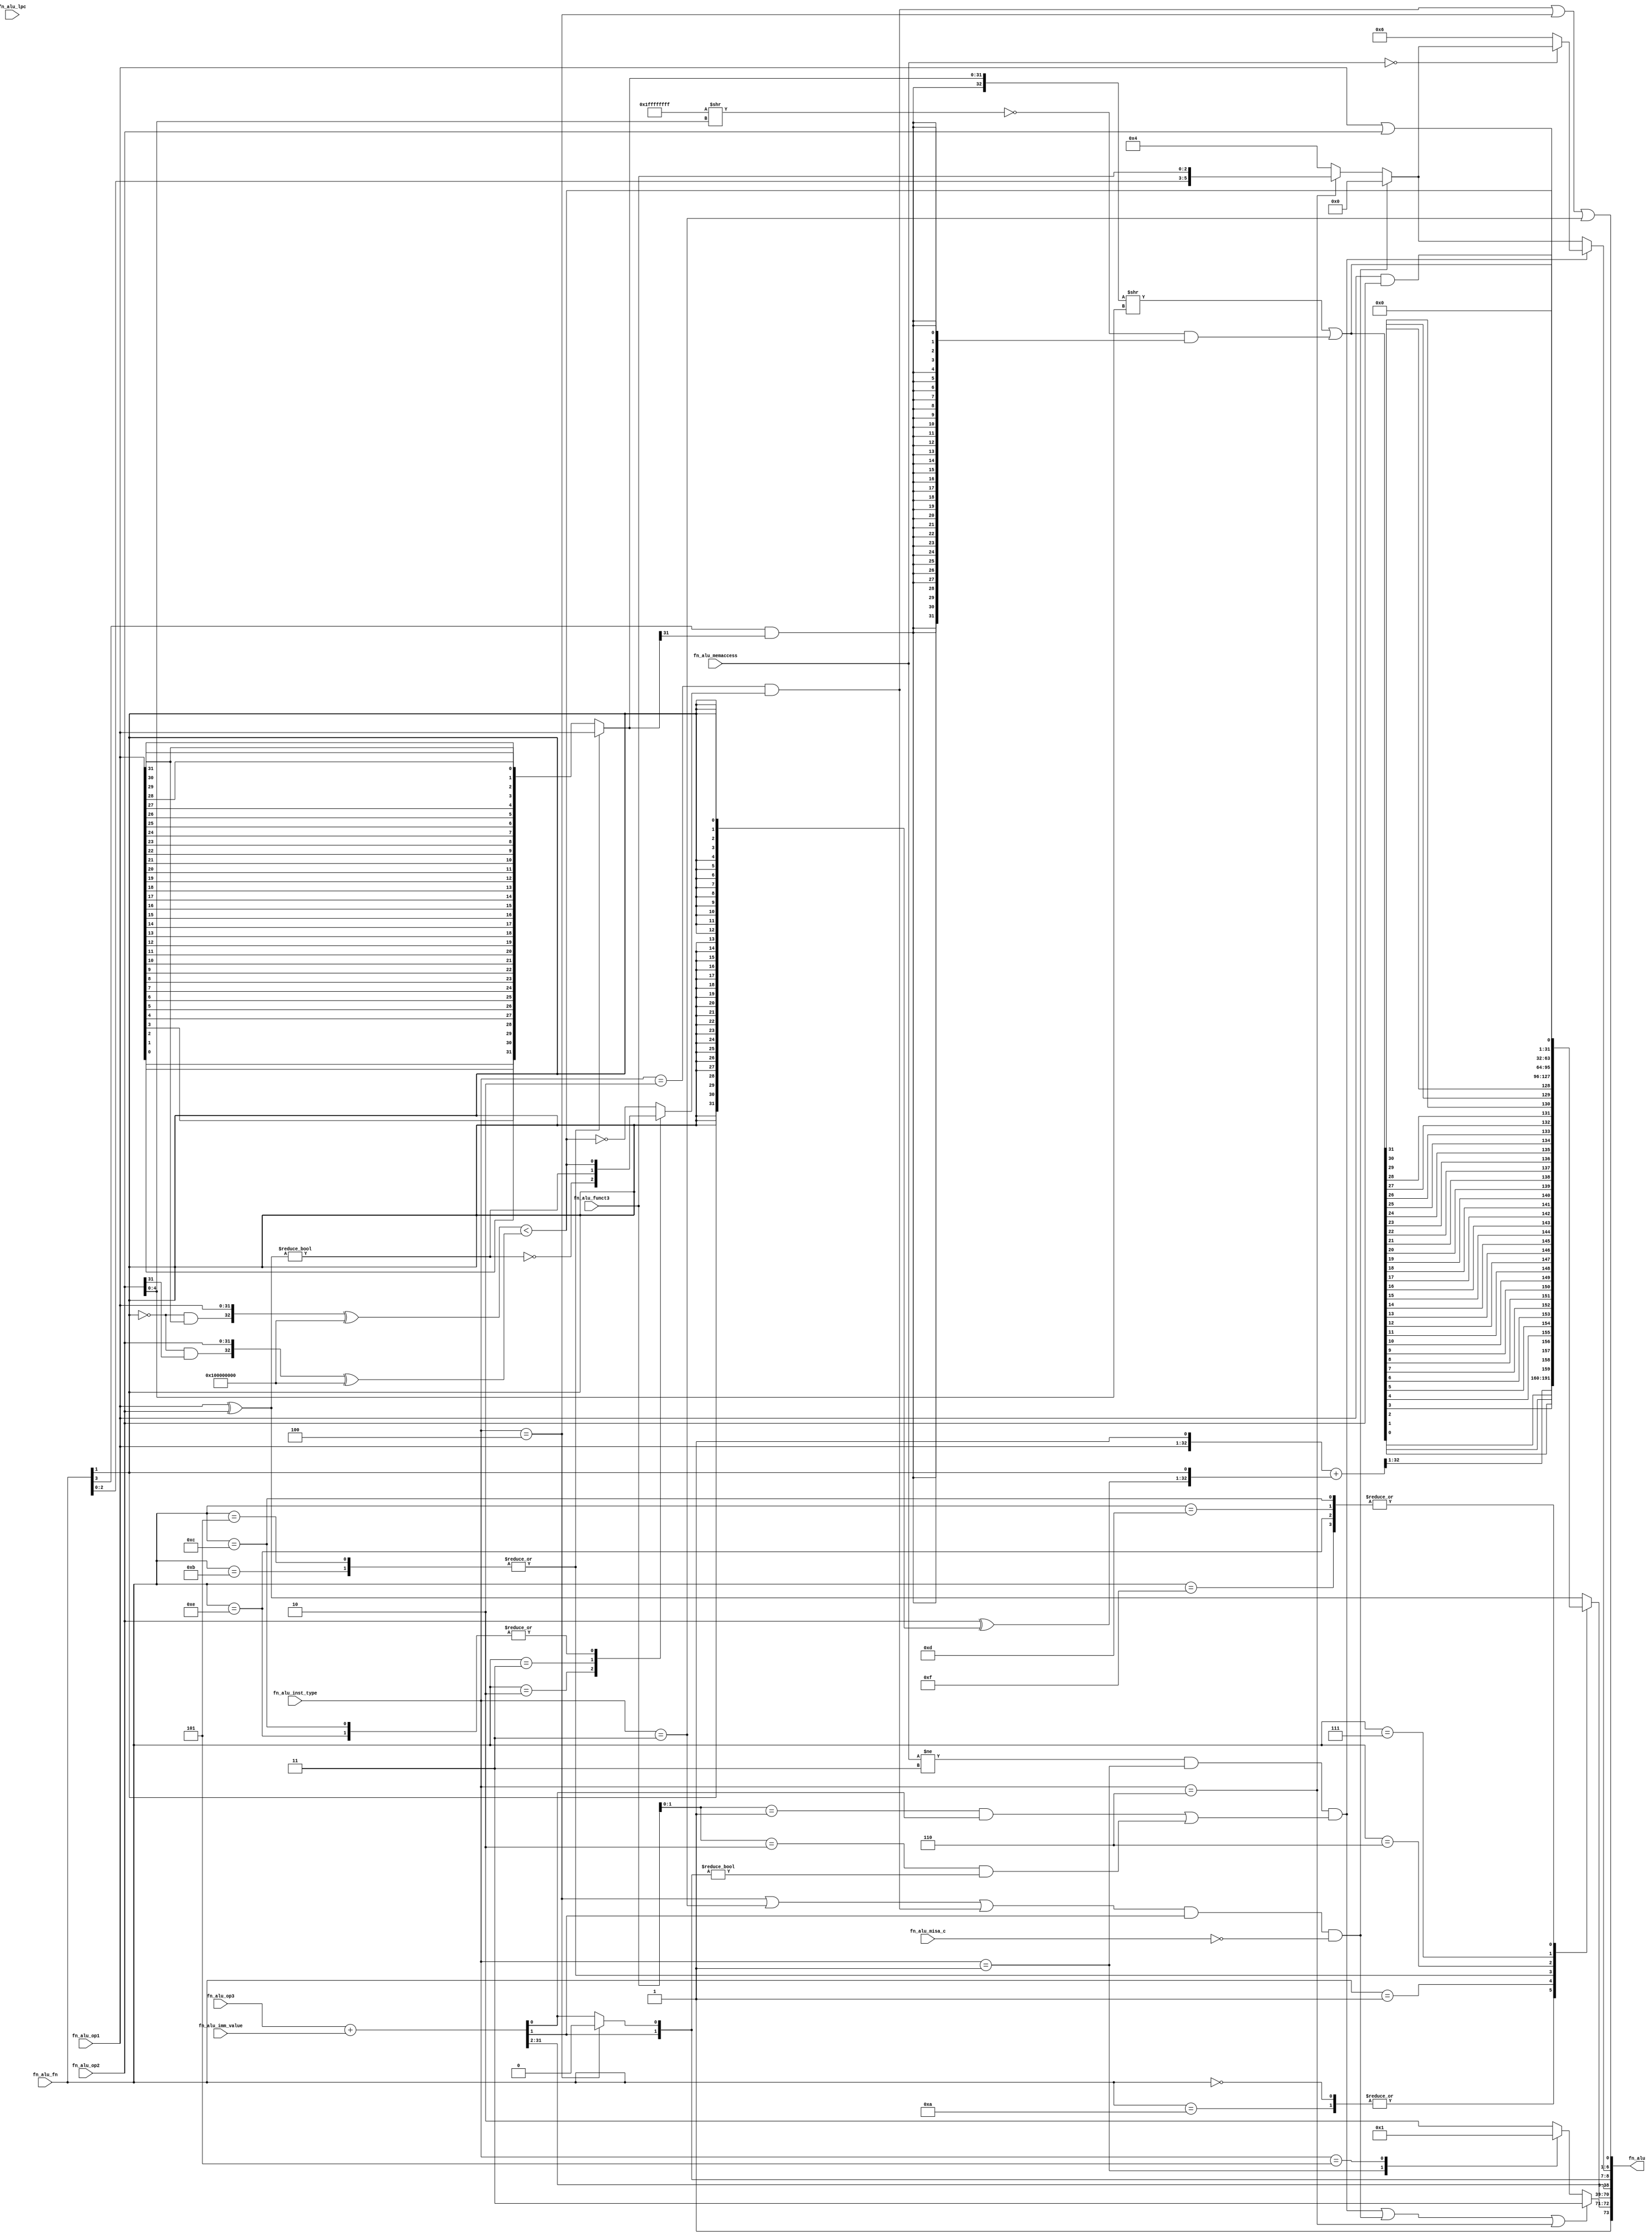
//
// Generated by Bluespec Compiler, version 2022.01-36-ga6304315 (build a6304315)
//
// On Tue Oct  4 10:37:07 CEST 2022
//
//
// Ports:
// Name                         I/O  size props
// fn_alu                         O    74
// fn_alu_fn                      I     4
// fn_alu_op1                     I    32
// fn_alu_op2                     I    32
// fn_alu_op3                     I    32
// fn_alu_imm_value               I    32
// fn_alu_inst_type               I     3
// fn_alu_funct3                  I     3
// fn_alu_memaccess               I     2
// fn_alu_misa_c                  I     1
// fn_alu_lpc                     I     2 unused
//
// Combinational paths from inputs to outputs:
//   (fn_alu_fn,
//    fn_alu_op1,
//    fn_alu_op2,
//    fn_alu_op3,
//    fn_alu_imm_value,
//    fn_alu_inst_type,
//    fn_alu_funct3,
//    fn_alu_memaccess,
//    fn_alu_misa_c) -> fn_alu
//
//

`ifdef BSV_ASSIGNMENT_DELAY
`else
  `define BSV_ASSIGNMENT_DELAY
`endif

`ifdef BSV_POSITIVE_RESET
  `define BSV_RESET_VALUE 1'b1
  `define BSV_RESET_EDGE posedge
`else
  `define BSV_RESET_VALUE 1'b0
  `define BSV_RESET_EDGE negedge
`endif

module module_fn_alu(fn_alu_fn,
		     fn_alu_op1,
		     fn_alu_op2,
		     fn_alu_op3,
		     fn_alu_imm_value,
		     fn_alu_inst_type,
		     fn_alu_funct3,
		     fn_alu_memaccess,
		     fn_alu_misa_c,
		     fn_alu_lpc,
		     fn_alu);
  // value method fn_alu
  input  [3 : 0] fn_alu_fn;
  input  [31 : 0] fn_alu_op1;
  input  [31 : 0] fn_alu_op2;
  input  [31 : 0] fn_alu_op3;
  input  [31 : 0] fn_alu_imm_value;
  input  [2 : 0] fn_alu_inst_type;
  input  [2 : 0] fn_alu_funct3;
  input  [1 : 0] fn_alu_memaccess;
  input  fn_alu_misa_c;
  input  [1 : 0] fn_alu_lpc;
  output [73 : 0] fn_alu;

  // signals for module outputs
  wire [73 : 0] fn_alu;

  // remaining internal signals
  reg [31 : 0] shin__h44, x__h458;
  reg [1 : 0] CASE_fn_alu_inst_type_1_0_5_1_2__q3;
  reg CASE_fn_alu_fn_2_adder_z_flag6_3_NOT_op1_xor_o_ETC__q1;
  wire [32 : 0] fn_alu_fn_BIT_3_2_AND_IF_fn_alu_fn_EQ_5_9_OR_f_ETC___d145,
		fn_alu_fn_BIT_3_AND_shin4_BIT_31_CONCAT_shin4__q2,
		inv_op2__h33,
		x__h478;
  wire [31 : 0] IF_fn_alu_inst_type_EQ_4_1_THEN_fn_alu_op3_PLU_ETC___d14,
		effective_address__h49,
		op1_xor_op2__h34,
		result__h154,
		shift_l__h47;
  wire [6 : 0] IF_NOT_fn_alu_memaccess_EQ_3_AND_fn_alu_inst_t_ETC___d215;
  wire [5 : 0] cause___1__h251, cause__h51, cause__h57;
  wire INV_fn_alu_fn_BIT_1_3_4_AND_fn_alu_op1_BIT_31__ETC___d41,
       NOT_fn_alu_memaccess_EQ_3_AND_fn_alu_inst_type_ETC___d20,
       adder_z_flag__h36,
       fn_alu_inst_type_EQ_2_3_AND_IF_fn_alu_fn_EQ_2__ETC___d46,
       fn_alu_inst_type_EQ_4_1_OR_fn_alu_inst_type_EQ_ETC___d51,
       sign__h37;

  // value method fn_alu
  assign fn_alu =
	     { 1'd1,
	       (NOT_fn_alu_memaccess_EQ_3_AND_fn_alu_inst_type_ETC___d20 ||
		fn_alu_inst_type_EQ_4_1_OR_fn_alu_inst_type_EQ_ETC___d51 ||
		fn_alu_inst_type == 3'd6) ?
		 2'd3 :
		 CASE_fn_alu_inst_type_1_0_5_1_2__q3,
	       x__h458,
	       IF_fn_alu_inst_type_EQ_4_1_THEN_fn_alu_op3_PLU_ETC___d14,
	       IF_NOT_fn_alu_memaccess_EQ_3_AND_fn_alu_inst_t_ETC___d215 } ;

  // remaining internal signals
  assign IF_NOT_fn_alu_memaccess_EQ_3_AND_fn_alu_inst_t_ETC___d215 =
	     { NOT_fn_alu_memaccess_EQ_3_AND_fn_alu_inst_type_ETC___d20 ?
		 cause___1__h251 :
		 cause__h57,
	       fn_alu_inst_type_EQ_2_3_AND_IF_fn_alu_fn_EQ_2__ETC___d46 ||
	       fn_alu_inst_type == 3'd4 ||
	       fn_alu_inst_type == 3'd3 } ;
  assign IF_fn_alu_inst_type_EQ_4_1_THEN_fn_alu_op3_PLU_ETC___d14 =
	     (fn_alu_inst_type == 3'd4) ?
	       result__h154 :
	       effective_address__h49 ;
  assign INV_fn_alu_fn_BIT_1_3_4_AND_fn_alu_op1_BIT_31__ETC___d41 =
	     ({ sign__h37 & fn_alu_op1[31], fn_alu_op1 } ^ 33'h100000000) <
	     ({ sign__h37 & fn_alu_op2[31], fn_alu_op2 } ^ 33'h100000000) ;
  assign NOT_fn_alu_memaccess_EQ_3_AND_fn_alu_inst_type_ETC___d20 =
	     fn_alu_memaccess != 2'd3 && fn_alu_inst_type == 3'd1 &&
	     (fn_alu_funct3[1:0] == 2'd1 && effective_address__h49[0] ||
	      fn_alu_funct3[1:0] == 2'd2 &&
	      IF_fn_alu_inst_type_EQ_4_1_THEN_fn_alu_op3_PLU_ETC___d14[1:0] !=
	      2'd0) ;
  assign adder_z_flag__h36 = ~(op1_xor_op2__h34 != 32'd0) ;
  assign cause___1__h251 = (fn_alu_memaccess == 2'd0) ? cause__h57 : 6'd6 ;
  assign cause__h51 =
	     (fn_alu_inst_type == 3'd6) ?
	       { fn_alu_fn[2:0], fn_alu_funct3 } :
	       6'd4 ;
  assign cause__h57 =
	     fn_alu_inst_type_EQ_4_1_OR_fn_alu_inst_type_EQ_ETC___d51 ?
	       6'd0 :
	       cause__h51 ;
  assign effective_address__h49 = fn_alu_op3 + fn_alu_imm_value ;
  assign fn_alu_fn_BIT_3_2_AND_IF_fn_alu_fn_EQ_5_9_OR_f_ETC___d145 =
	     { fn_alu_fn[3] & shin__h44[31], shin__h44 } >> fn_alu_op2[4:0] |
	     ~(33'h1FFFFFFFF >> fn_alu_op2[4:0]) &
	     {33{fn_alu_fn_BIT_3_AND_shin4_BIT_31_CONCAT_shin4__q2[32]}} ;
  assign fn_alu_fn_BIT_3_AND_shin4_BIT_31_CONCAT_shin4__q2 =
	     { fn_alu_fn[3] & shin__h44[31], shin__h44 } ;
  assign fn_alu_inst_type_EQ_2_3_AND_IF_fn_alu_fn_EQ_2__ETC___d46 =
	     fn_alu_inst_type == 3'd2 &&
	     CASE_fn_alu_fn_2_adder_z_flag6_3_NOT_op1_xor_o_ETC__q1 ;
  assign fn_alu_inst_type_EQ_4_1_OR_fn_alu_inst_type_EQ_ETC___d51 =
	     (fn_alu_inst_type == 3'd4 || fn_alu_inst_type == 3'd3 ||
	      fn_alu_inst_type_EQ_2_3_AND_IF_fn_alu_fn_EQ_2__ETC___d46) &&
	     IF_fn_alu_inst_type_EQ_4_1_THEN_fn_alu_op3_PLU_ETC___d14[1] &&
	     !fn_alu_misa_c ;
  assign inv_op2__h33 = { fn_alu_op2 ^ {32{fn_alu_fn[1]}}, fn_alu_fn[1] } ;
  assign op1_xor_op2__h34 = fn_alu_op1 ^ fn_alu_op2 ;
  assign result__h154 = { effective_address__h49[31:1], 1'd0 } ;
  assign shift_l__h47 =
	     { fn_alu_fn_BIT_3_2_AND_IF_fn_alu_fn_EQ_5_9_OR_f_ETC___d145[0],
	       fn_alu_fn_BIT_3_2_AND_IF_fn_alu_fn_EQ_5_9_OR_f_ETC___d145[1],
	       fn_alu_fn_BIT_3_2_AND_IF_fn_alu_fn_EQ_5_9_OR_f_ETC___d145[2],
	       fn_alu_fn_BIT_3_2_AND_IF_fn_alu_fn_EQ_5_9_OR_f_ETC___d145[3],
	       fn_alu_fn_BIT_3_2_AND_IF_fn_alu_fn_EQ_5_9_OR_f_ETC___d145[4],
	       fn_alu_fn_BIT_3_2_AND_IF_fn_alu_fn_EQ_5_9_OR_f_ETC___d145[5],
	       fn_alu_fn_BIT_3_2_AND_IF_fn_alu_fn_EQ_5_9_OR_f_ETC___d145[6],
	       fn_alu_fn_BIT_3_2_AND_IF_fn_alu_fn_EQ_5_9_OR_f_ETC___d145[7],
	       fn_alu_fn_BIT_3_2_AND_IF_fn_alu_fn_EQ_5_9_OR_f_ETC___d145[8],
	       fn_alu_fn_BIT_3_2_AND_IF_fn_alu_fn_EQ_5_9_OR_f_ETC___d145[9],
	       fn_alu_fn_BIT_3_2_AND_IF_fn_alu_fn_EQ_5_9_OR_f_ETC___d145[10],
	       fn_alu_fn_BIT_3_2_AND_IF_fn_alu_fn_EQ_5_9_OR_f_ETC___d145[11],
	       fn_alu_fn_BIT_3_2_AND_IF_fn_alu_fn_EQ_5_9_OR_f_ETC___d145[12],
	       fn_alu_fn_BIT_3_2_AND_IF_fn_alu_fn_EQ_5_9_OR_f_ETC___d145[13],
	       fn_alu_fn_BIT_3_2_AND_IF_fn_alu_fn_EQ_5_9_OR_f_ETC___d145[14],
	       fn_alu_fn_BIT_3_2_AND_IF_fn_alu_fn_EQ_5_9_OR_f_ETC___d145[15],
	       fn_alu_fn_BIT_3_2_AND_IF_fn_alu_fn_EQ_5_9_OR_f_ETC___d145[16],
	       fn_alu_fn_BIT_3_2_AND_IF_fn_alu_fn_EQ_5_9_OR_f_ETC___d145[17],
	       fn_alu_fn_BIT_3_2_AND_IF_fn_alu_fn_EQ_5_9_OR_f_ETC___d145[18],
	       fn_alu_fn_BIT_3_2_AND_IF_fn_alu_fn_EQ_5_9_OR_f_ETC___d145[19],
	       fn_alu_fn_BIT_3_2_AND_IF_fn_alu_fn_EQ_5_9_OR_f_ETC___d145[20],
	       fn_alu_fn_BIT_3_2_AND_IF_fn_alu_fn_EQ_5_9_OR_f_ETC___d145[21],
	       fn_alu_fn_BIT_3_2_AND_IF_fn_alu_fn_EQ_5_9_OR_f_ETC___d145[22],
	       fn_alu_fn_BIT_3_2_AND_IF_fn_alu_fn_EQ_5_9_OR_f_ETC___d145[23],
	       fn_alu_fn_BIT_3_2_AND_IF_fn_alu_fn_EQ_5_9_OR_f_ETC___d145[24],
	       fn_alu_fn_BIT_3_2_AND_IF_fn_alu_fn_EQ_5_9_OR_f_ETC___d145[25],
	       fn_alu_fn_BIT_3_2_AND_IF_fn_alu_fn_EQ_5_9_OR_f_ETC___d145[26],
	       fn_alu_fn_BIT_3_2_AND_IF_fn_alu_fn_EQ_5_9_OR_f_ETC___d145[27],
	       fn_alu_fn_BIT_3_2_AND_IF_fn_alu_fn_EQ_5_9_OR_f_ETC___d145[28],
	       fn_alu_fn_BIT_3_2_AND_IF_fn_alu_fn_EQ_5_9_OR_f_ETC___d145[29],
	       fn_alu_fn_BIT_3_2_AND_IF_fn_alu_fn_EQ_5_9_OR_f_ETC___d145[30],
	       fn_alu_fn_BIT_3_2_AND_IF_fn_alu_fn_EQ_5_9_OR_f_ETC___d145[31] } ;
  assign sign__h37 = ~fn_alu_fn[1] ;
  assign x__h478 = { fn_alu_op1, 1'b1 } + inv_op2__h33 ;
  always@(fn_alu_fn or fn_alu_op1)
  begin
    case (fn_alu_fn)
      4'd5, 4'd11: shin__h44 = fn_alu_op1;
      default: shin__h44 =
		   { fn_alu_op1[0],
		     fn_alu_op1[1],
		     fn_alu_op1[2],
		     fn_alu_op1[3],
		     fn_alu_op1[4],
		     fn_alu_op1[5],
		     fn_alu_op1[6],
		     fn_alu_op1[7],
		     fn_alu_op1[8],
		     fn_alu_op1[9],
		     fn_alu_op1[10],
		     fn_alu_op1[11],
		     fn_alu_op1[12],
		     fn_alu_op1[13],
		     fn_alu_op1[14],
		     fn_alu_op1[15],
		     fn_alu_op1[16],
		     fn_alu_op1[17],
		     fn_alu_op1[18],
		     fn_alu_op1[19],
		     fn_alu_op1[20],
		     fn_alu_op1[21],
		     fn_alu_op1[22],
		     fn_alu_op1[23],
		     fn_alu_op1[24],
		     fn_alu_op1[25],
		     fn_alu_op1[26],
		     fn_alu_op1[27],
		     fn_alu_op1[28],
		     fn_alu_op1[29],
		     fn_alu_op1[30],
		     fn_alu_op1[31] };
    endcase
  end
  always@(fn_alu_fn or
	  INV_fn_alu_fn_BIT_1_3_4_AND_fn_alu_op1_BIT_31__ETC___d41 or
	  adder_z_flag__h36 or op1_xor_op2__h34)
  begin
    case (fn_alu_fn)
      4'd2:
	  CASE_fn_alu_fn_2_adder_z_flag6_3_NOT_op1_xor_o_ETC__q1 =
	      adder_z_flag__h36;
      4'd3:
	  CASE_fn_alu_fn_2_adder_z_flag6_3_NOT_op1_xor_o_ETC__q1 =
	      op1_xor_op2__h34 != 32'd0;
      4'd12, 4'd14:
	  CASE_fn_alu_fn_2_adder_z_flag6_3_NOT_op1_xor_o_ETC__q1 =
	      INV_fn_alu_fn_BIT_1_3_4_AND_fn_alu_op1_BIT_31__ETC___d41;
      default: CASE_fn_alu_fn_2_adder_z_flag6_3_NOT_op1_xor_o_ETC__q1 =
		   !INV_fn_alu_fn_BIT_1_3_4_AND_fn_alu_op1_BIT_31__ETC___d41;
    endcase
  end
  always@(fn_alu_fn or
	  op1_xor_op2__h34 or
	  x__h478 or
	  shift_l__h47 or
	  fn_alu_fn_BIT_3_2_AND_IF_fn_alu_fn_EQ_5_9_OR_f_ETC___d145 or
	  fn_alu_op1 or
	  fn_alu_op2 or
	  INV_fn_alu_fn_BIT_1_3_4_AND_fn_alu_op1_BIT_31__ETC___d41)
  begin
    case (fn_alu_fn)
      4'd0, 4'd10: x__h458 = x__h478[32:1];
      4'd1: x__h458 = shift_l__h47;
      4'd5, 4'd11:
	  x__h458 =
	      fn_alu_fn_BIT_3_2_AND_IF_fn_alu_fn_EQ_5_9_OR_f_ETC___d145[31:0];
      4'd6: x__h458 = fn_alu_op1 | fn_alu_op2;
      4'd7: x__h458 = fn_alu_op1 & fn_alu_op2;
      4'd12, 4'd13, 4'd14, 4'd15:
	  x__h458 =
	      { 31'd0,
		INV_fn_alu_fn_BIT_1_3_4_AND_fn_alu_op1_BIT_31__ETC___d41 };
      default: x__h458 = op1_xor_op2__h34;
    endcase
  end
  always@(fn_alu_inst_type)
  begin
    case (fn_alu_inst_type)
      3'd1: CASE_fn_alu_inst_type_1_0_5_1_2__q3 = 2'd0;
      3'd5: CASE_fn_alu_inst_type_1_0_5_1_2__q3 = 2'd1;
      default: CASE_fn_alu_inst_type_1_0_5_1_2__q3 = 2'd2;
    endcase
  end
endmodule  // module_fn_alu